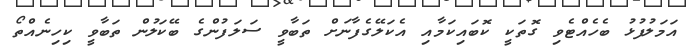
އަމަލުފުޅު ބެހެއްޓެވި ގޮތަކީ ކޮބައިކަމާއި އެކަލޭގެފާނަށް ތަބާވީ ސަލަފުންގެ ބޭކަލުން ތަބާވީ ކިހިނެއްތޯ